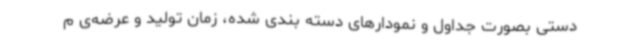
دستی بصورت جداول و نمودارهای دسته بندی شده، زمان تولید و عرضه‌ی م